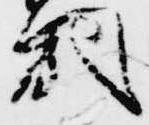
嗣